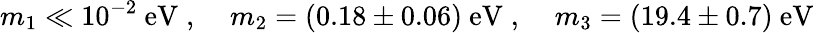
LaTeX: m_{1}\ll 10^{-2}~\mathrm{{eV}}\; ,\; \; \; \; m_{2}=(0.18\pm 0.06)~{\mathrm{eV}}\; ,\; \; \; \; m_{3}=(19.4\pm 0.7)~\mathrm{{eV}}\;